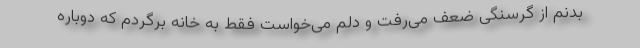
بدنم از گرسنگی ضعف می‌رفت و دلم می‌خواست فقط به خانه برگردم که دوباره